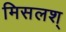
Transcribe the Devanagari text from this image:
मिसलश्